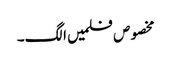
مخصوص فلمیں الگ۔